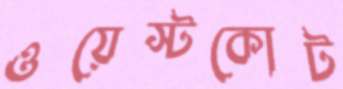
ওয়েস্টকোট